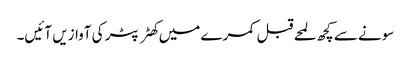
سونے سے کچھ لمحے قبل کمرے میں کھٹر پٹر کی آوازیں آئیں۔